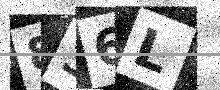
Text: 836L